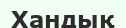
Хандық